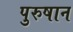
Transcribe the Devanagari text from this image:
पुरुषान